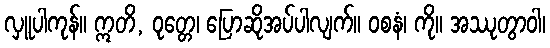
လှူပါကုန်။ ဣတိ, ဝုတ္တေ၊ ပြောဆိုအပ်ပါလျက်။ ဝစနံ၊ ကို။ အဿုတွာဝါ၊